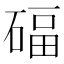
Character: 𥔁